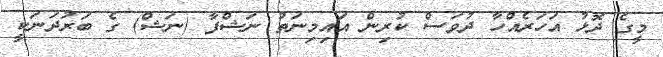
މީގެ ދޮޅު އަހަރެއްހާ ދުވަސް ކުރިން އައިމިނަތު ނަޝްފާ (ނަޝް) ގެ ބަރުދަނަކީ